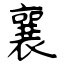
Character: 襄